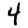
Digit: 4